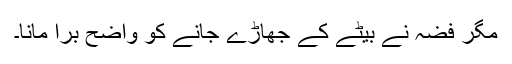
مگر فضہ نے بیٹے کے جھاڑے جانے کو واضح برا مانا۔